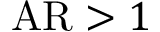
\mathrm { A R } > 1